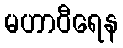
မဟာဝီရေန